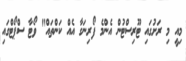
މިއީ މި ރަށުގައި ޓޫރިސްޓުން އެންމެ ފޯރިނަގާ އެއް ކަންތައް" ވޯޓާ ސްޕޯޓްގައި